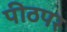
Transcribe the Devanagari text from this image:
पीठपर